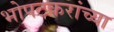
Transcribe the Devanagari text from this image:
भोपटकरांच्या